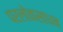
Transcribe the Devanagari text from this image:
परलोकसाधन